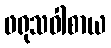
ဖရုသဝါစာယ